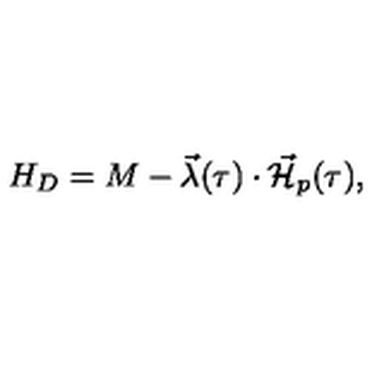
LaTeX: H _ { D } = M - \vec { \lambda } ( \tau ) \cdot \vec { { \cal H } } _ { p } ( \tau ) ,